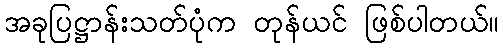
အခုပြဋ္ဌာန်းသတ်ပုံက တုန်ယင် ဖြစ်ပါတယ်။